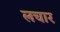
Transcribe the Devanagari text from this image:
लचार